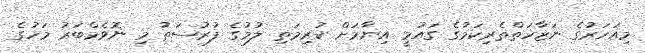
މިއަހަރުގެ ނަޒާހަތްތެރިކަމުގެ ގައުމީ އިނާމަށް ކުރިމަތި ލުމުގެ ފުރުސަތު މި ނޮވެމްބަރު މަހުގެ